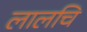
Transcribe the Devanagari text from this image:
लालचि